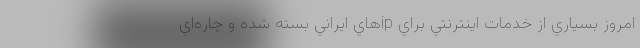
امروز بسياري از خدمات اينترنتي براي ip‌هاي ايراني بسته شده و چاره‌اي